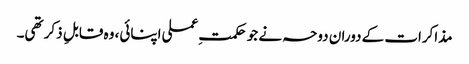
مذاکرات کے دوران دوحہ نے جو حکمتِ عملی اپنائی، وہ قابلِ ذکر تھی۔